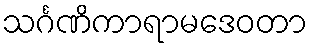
သင်္ဂဏိကာရာမဒေဝတာ